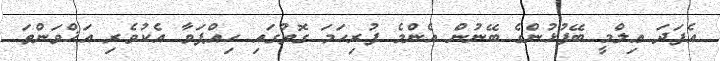
އެފަދަ ޢިލްމީ ބޭފުޅުންގެ ބޭނުން އެެންމެ ފުރިހަމަ ގޮތުގައި ހިއްޕަވާ އެކުވެރި އަޚްވަންތަ